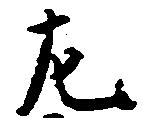
左